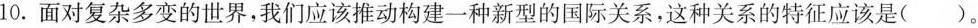
10.面对复杂多变的世界，我们应该推动构建一种新型的国际关系，这种关系的特征应该是( )。